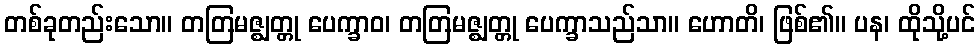
တစ်ခုတည်းသော။ တတြမဇ္ဈတ္တု ပေက္ခာဝ၊ တတြမဇ္ဈတ္တု ပေက္ခာသည်သာ။ ဟောတိ၊ ဖြစ်၏။ ပန၊ ထိုသို့ပင်